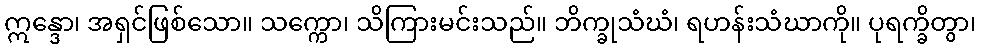
ဣန္ဒော၊ အရှင်ဖြစ်သော။ သက္ကော၊ သိကြားမင်းသည်။ ဘိက္ခုသံဃံ၊ ရဟန်းသံဃာကို။ ပုရက္ခိတွာ၊